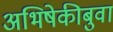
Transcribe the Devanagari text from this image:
अभिषेकीबुवा